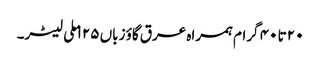
۲۰ تا ۴۰ گرام ہمراہ عرق گاؤ زباں ۱۲۵ ملی لیٹر۔